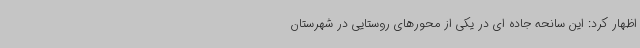
اظهار کرد: این سانحه جاده ای در یکی از محورهای روستایی در شهرستان